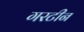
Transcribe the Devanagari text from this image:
गरटीन